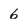
Character: 6